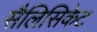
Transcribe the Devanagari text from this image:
सैलिसिकेट